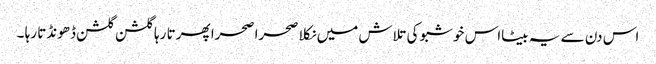
اس دن سے یہ بیٹااس خوشبو کی تلاش میں نکلا صحرا صحرا پھرتا رہا گلشن گلشن ڈھونڈتا رہا ۔